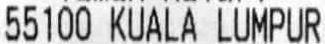
55100 KUALA LUMPUR